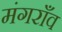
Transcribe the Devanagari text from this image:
मंगराँव